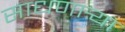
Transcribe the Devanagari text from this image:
साधणार्‍या